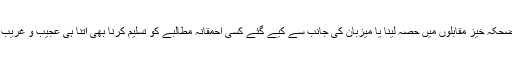
یہی نہیں بلکہ شرکاء کا ایسے مضحکہ خیز مقابلوں میں حصّہ لینا یا میزبان کی جانب سے کیے گئے کسی احمقانہ مطالبے کو تسلیم کرنا بھی اتنا ہی عجیب و غریب اور ناقابلِ دید منظر نظر آتا ہے۔